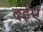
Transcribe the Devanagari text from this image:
दईए